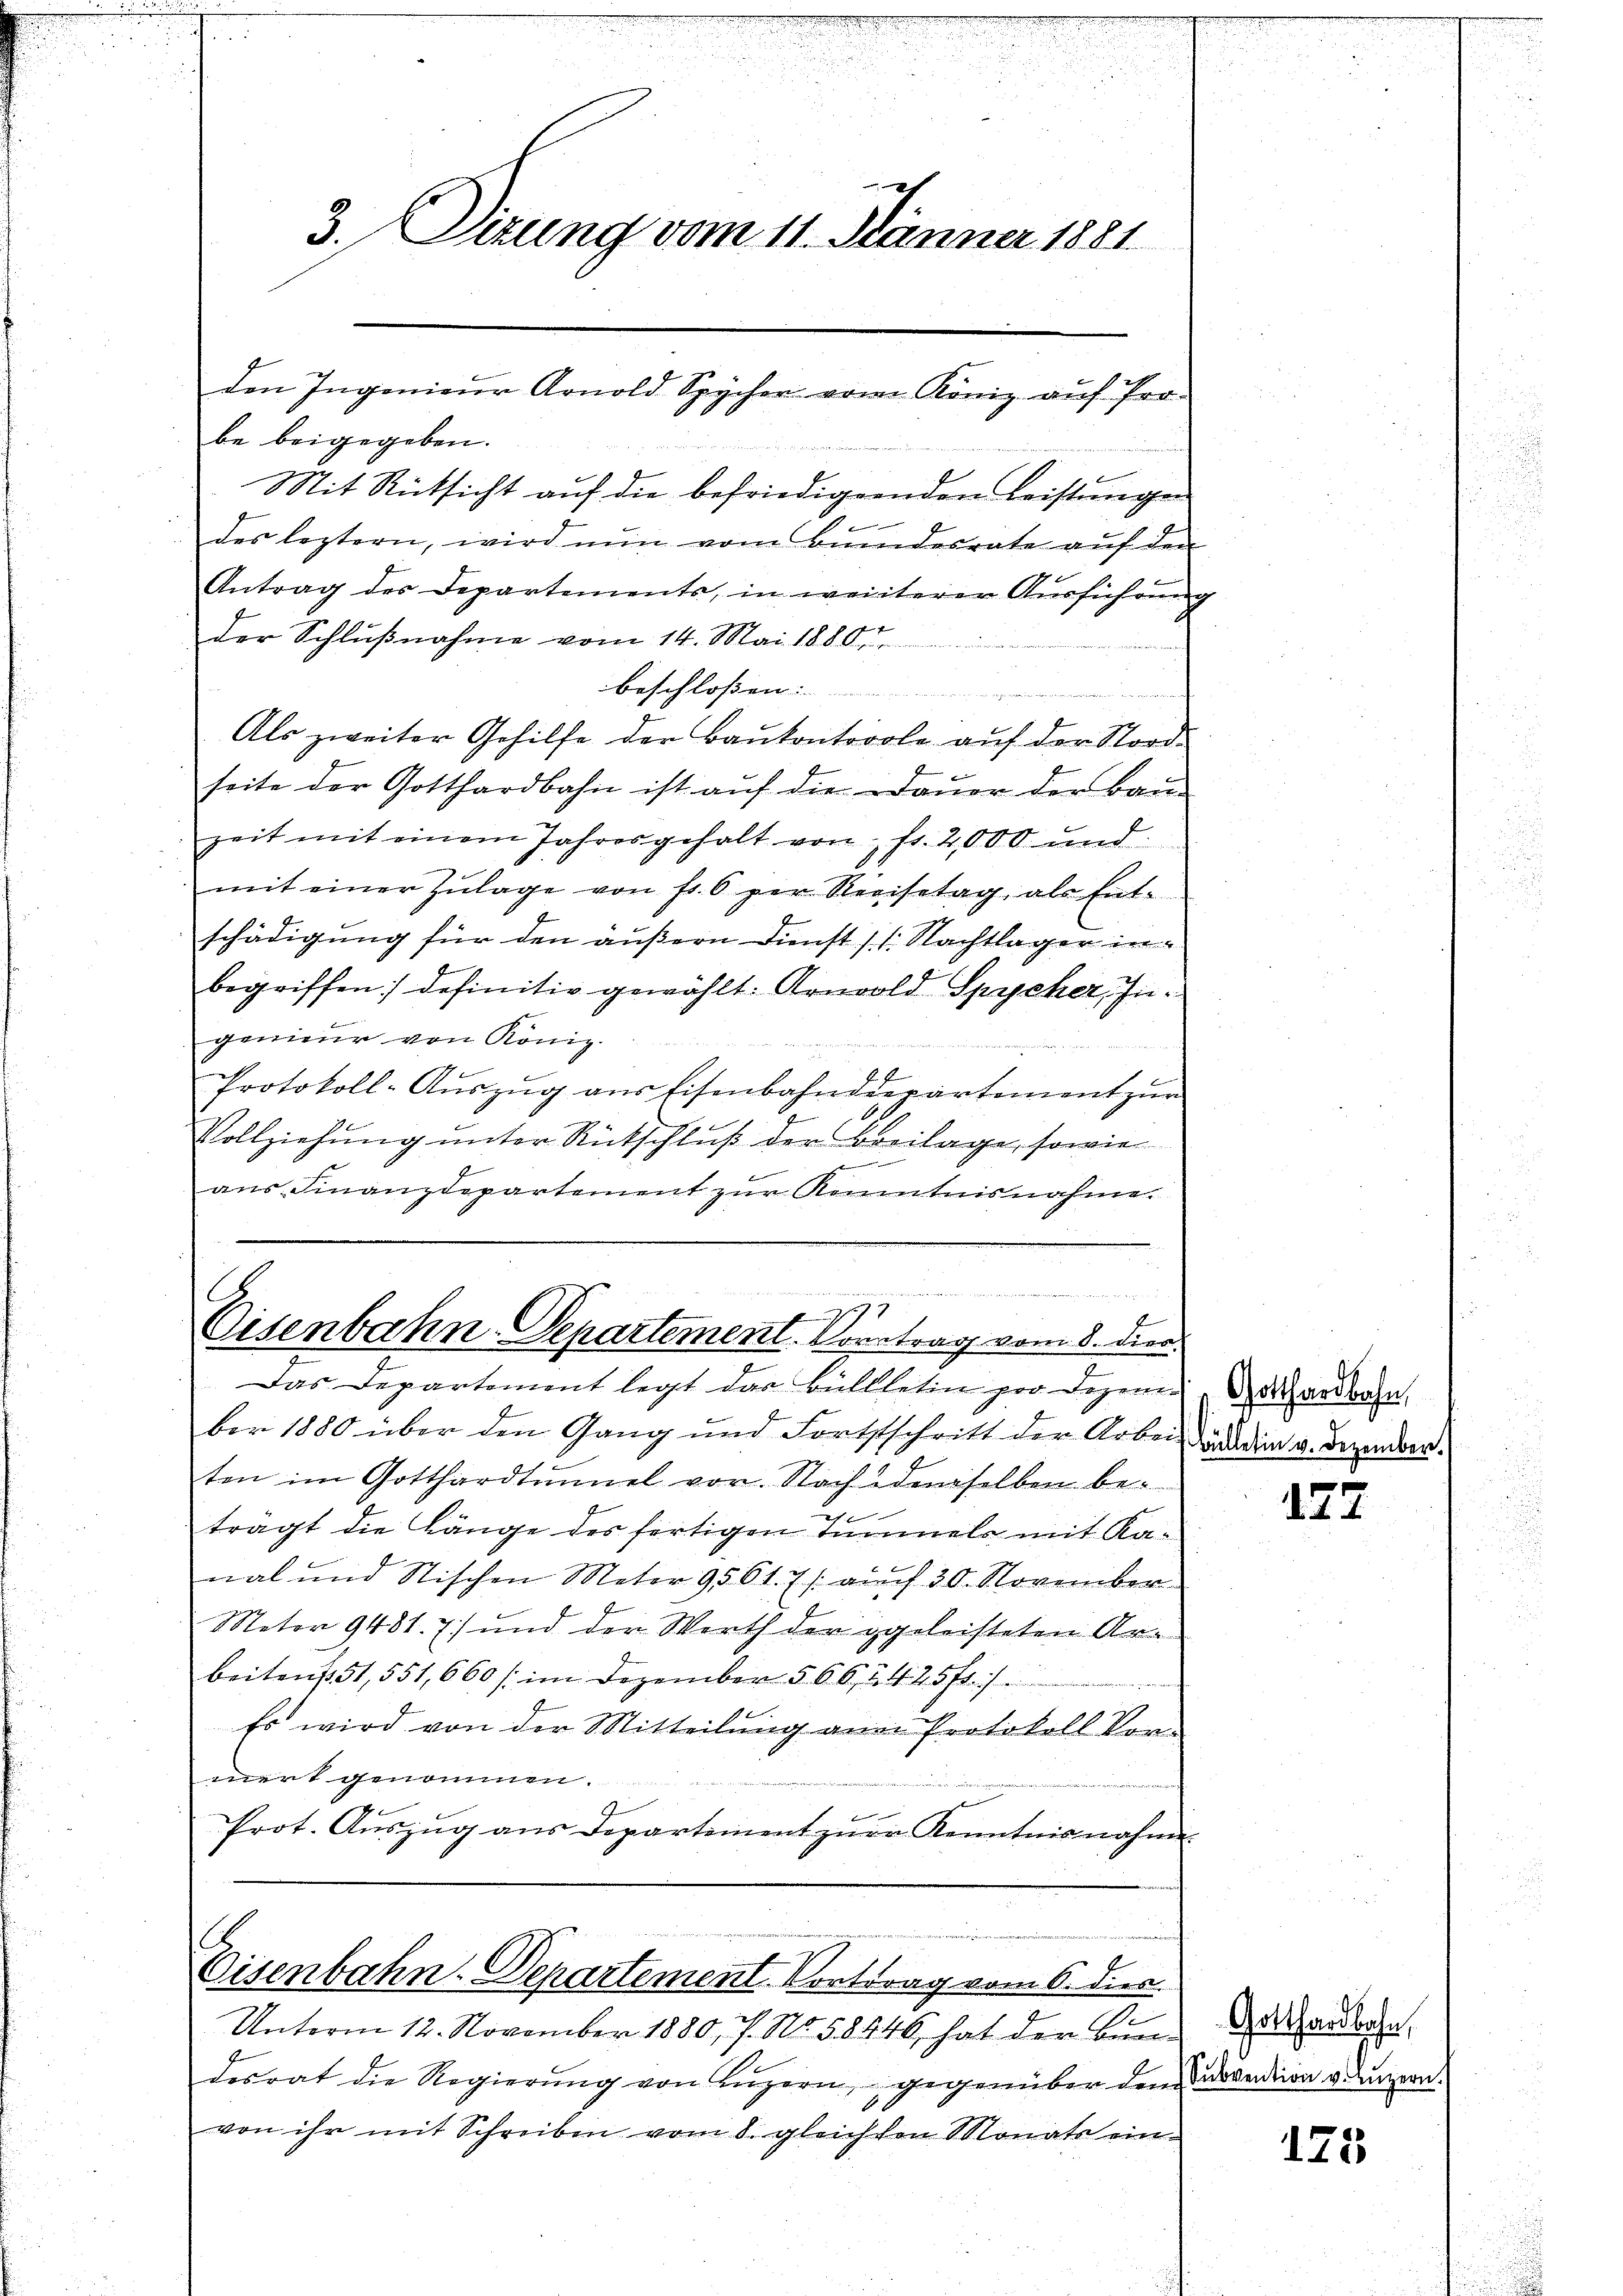
des leztern, wird nun vom Bŭndesrate aŭf den
Antrag des Departements, in weiterer Aŭsführŭng
der Schlußnahme vom 14. Mai 1880.
beschlossen.
Als zweiter Gehilfe der Baŭkontrole aŭf der Nord-
b
seite der Gotthardbahn ist auf die Dauer der Bau
zeit mit einem Jahresgehalt von fr. 2,000 und
mit einer Zŭlage von fr. 6 per Revisetag, als Ent-
schädigung für den äußern Dunst (s. Nachtlager in
begriffen definitiv gewählt: Arnold Spycher, Ingenieur von König.
Protokoll-Aŭszŭg ans Eisenbahndepartement zur
Vollziehung unter Rückschluß der Breilage, sowie

aus Finanzdepartement zur Kenntnisnahme.

C
197
Cisenbahn-Departement. Vortrag vom 8. Dien

3. Dizung vom 11. Jänner 1881
den Ingenieur Arnold Spycher vom König auf Pro-
be beigegeben.
Mit Rücksicht aŭf die befriedigenden Leistungen

Das Departement legt das Büllletin per Dezember 1880 über den Gang und Fortsschritt der Arbeiterein v. Dezember.
ten im Gotthardtunnel vor. Nach demselben beträgt die Länge des fertigen Temmels mit Kanal und Stischen Meter 9561. 7 / auch 30. November
Netor 9481. 7) und der Werth der geleisteten Arbeiten 151, 551, 660 /: im Dezember 566, 24 25fr. 1
Es wird von der Mitteilung an Protokoll Vormerk genommen.
Prot. Auszug aus Departement zur Kenntnisnahme

Eisenbahn-Departement. Vortrag vom 6. dies
2

Unterm 12. November 1880, 7. No. 58446, hat der Bun-
desrat die Regierŭng von Lŭzern, gegenüber dem evendion vernern.
von ihr mit Schreiben vom 8. gleichten Monats ein¬

Gotthardbahn,

127

Gotthardbahn,

175